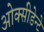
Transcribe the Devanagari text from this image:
ओक्सीडेन्टे